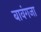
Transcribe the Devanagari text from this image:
बावंगजा